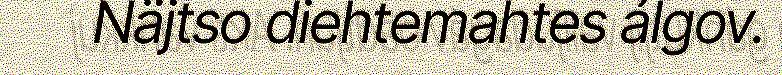
Näjtso diehtemahtes álgov.